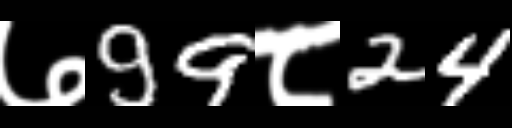
Text: ७99८24